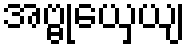
အဗ္ဗုယှေယျ